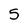
Character: 5